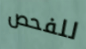
للفحص